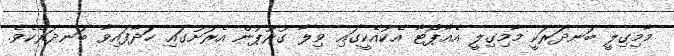
މާމިގިލީ ބަނދަރަކީ މާމިގިލީ އެއާޕޯޓާ އެކުއެކީގައި ވިލާ ގުރޫޕުން އެރަށުގައި ހަދާފައިވާ ބަނދަރެކެވެ.